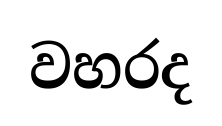
වහරද